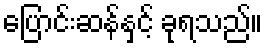
ပြောင်းဆန်နှင့် ခုရသည်။